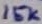
Text: 15K